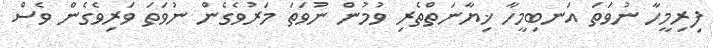
ފިރިމީހާ ނުވަތަ އަނބިމީހާ ޚިޔާނަތްތެރި ވުމުން ނުވަތަ މަރުވެގެން ނުވަތަ ވަރިވެގެން ވެސް